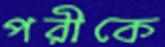
পরীকে